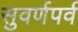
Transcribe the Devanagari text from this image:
सुवर्णपर्व